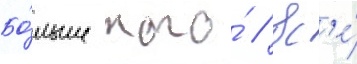
Бо́льше того́ / вс'е́